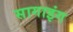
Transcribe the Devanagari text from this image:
सागाइंग